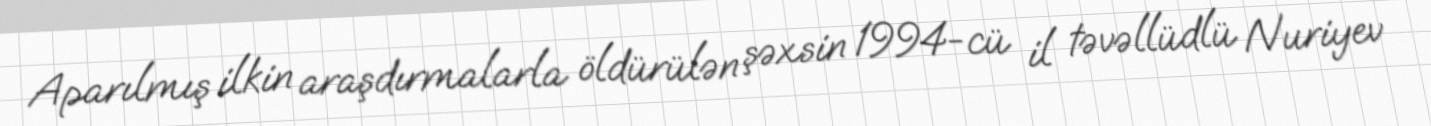
Aparılmış ilkin araşdırmalarla öldürülən şəxsin 1994-cü il təvəllüdlü Nuriyev